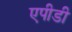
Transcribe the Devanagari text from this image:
एपीडी